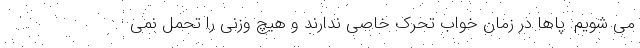
می شویم. پاها در زمان خواب تحرک خاصی ندارند و هیچ وزنی را تحمل نمی